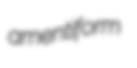
amentiform